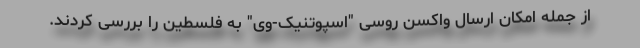
از جمله امکان ارسال واکسن روسی "اسپوتنیک-وی" به فلسطین را بررسی کردند.